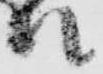
殿